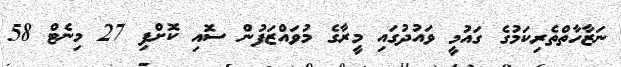
ނަޒާހާތްތެރިކަމުގެ ގައުމީ ވައުދުގައި މީރާގެ މުވައްޒަފުން ސޮއި ކޮށްފި 27 މިނެޓް 58